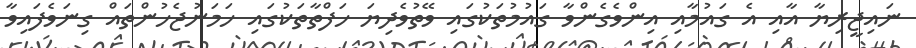
ނައިޖީރިޔާ އާއި އެ ގައުމާއި އިންވެގެންވާ ގައުމުތަކުގައި ވޭތުވެދިޔަ ހަފްތާތަކުގައި ހަމަނުޖެހުންތައް ގިނަވެފައިވާ